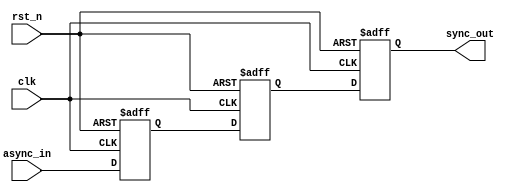
module async_to_sync_converter #(
    parameter NUM_INPUTS = 1 // Number of asynchronous input signals
)(
    input wire clk,                     // Clock signal from the synchronous domain
    input wire rst_n,                   // Active low reset signal
    input wire [NUM_INPUTS-1:0] async_in, // Asynchronous input signals
    output reg [NUM_INPUTS-1:0] sync_out // Synchronized output signals
);

    // Internal registers for the two-stage synchronization
    reg [NUM_INPUTS-1:0] stage1_reg;
    reg [NUM_INPUTS-1:0] stage2_reg;

    // Synchronous process
    always @(posedge clk or negedge rst_n) begin
        if (!rst_n) begin
            // Reset the output registers
            stage1_reg <= {NUM_INPUTS{1'b0}};
            stage2_reg <= {NUM_INPUTS{1'b0}};
            sync_out <= {NUM_INPUTS{1'b0}};
        end else begin
            // First stage: sample the asynchronous input
            stage1_reg <= async_in;

            // Second stage: sample the output of the first stage
            stage2_reg <= stage1_reg;

            // Output the synchronized signal
            sync_out <= stage2_reg;
        end
    end

endmodule